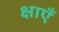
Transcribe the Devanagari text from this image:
क्षाएँ